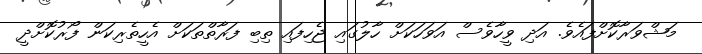
މަޝްވަރާކޮށްފައެވެ. އަދި ވީހާވެސް އަވަހަކަށް ހާލުގައި ޖެހިފައި ތިބި ފަރާތްތަކަށް އެހީތެރިކަން ފޯރުކޮށްދީ